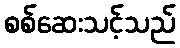
စစ်ဆေးသင့်သည်